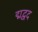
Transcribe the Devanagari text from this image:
द्मद्वद